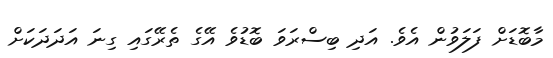
މާބޮޑަށް ފަލަވުން އެވެ. އަދި ބިސްރަވަ ބޮޑުވެ އޭގެ ތެރޭގައި ގިނަ އަދަދަކަށް